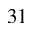
^ Ḋ 3 1 Ḍ